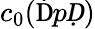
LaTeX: c_{0}(\mathfrak ḊpḌ)